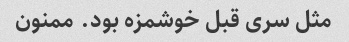
مثل سری قبل خوشمزه بود. ممنون